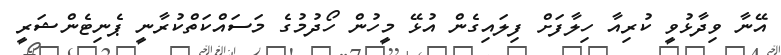
އޭނާ ވިދާޅުވީ ކުރިއާ ހިލާފަށް ފިލައިގެން އުޅޭ މީހުން ހޯދުމުގެ މަސައްކަތްކުރާނީ ޕެނިޓެންޝަރީ